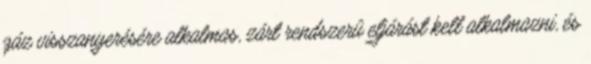
gáz visszanyerésére alkalmas, zárt rendszerû eljárást kell alkalmazni, és